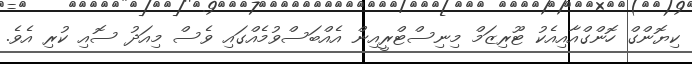
ކިޔޮންގް ހޮންގްއާއިއެކު ޓޫރިޒަމް މިނިސްޓްރީއިން އެއްބަސްވުމެއްގައި ވެސް މިއަދު ސޮއި ކުރި އެވެ.